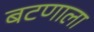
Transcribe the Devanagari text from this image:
बटणाला